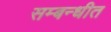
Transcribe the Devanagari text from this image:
सम्बन्धीत